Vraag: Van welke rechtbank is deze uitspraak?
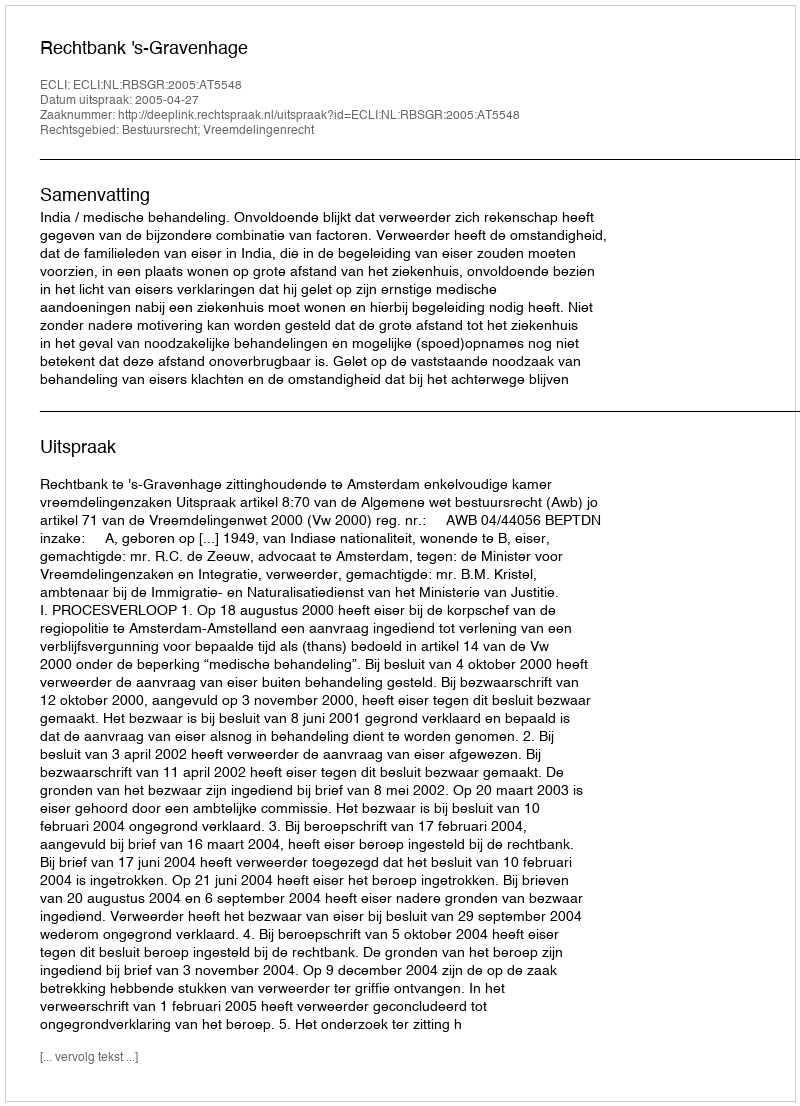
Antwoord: Rechtbank 's-Gravenhage